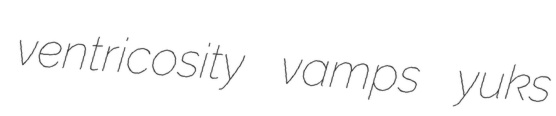
ventricosity vamps yuks